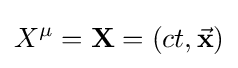
X^{\mu }=\mathbf {X} =(ct,{\vec {\mathbf {x} }})